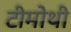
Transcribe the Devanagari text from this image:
टीमोथी